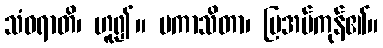
သံဝရာတိ၊ ဟူ၍။ ပကာသိတာ၊ ပြအပ်ကုန်၏။